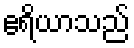
ဧရိယာသည်